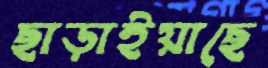
ছাড়াইয়াছে